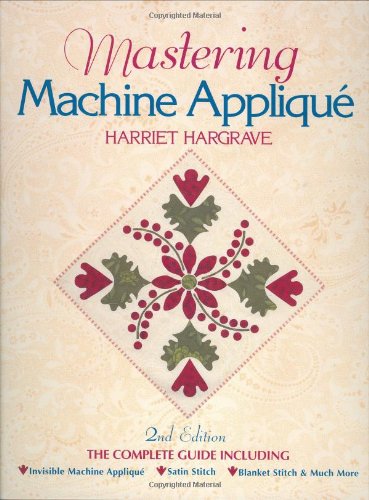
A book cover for Mastering Machine Applique: The Complete Guide Including:  Invisible Machine Applique Satin Stitch  Blanket Stitch & Much More; Harriet Hargrave; Crafts, Hobbies & Home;